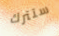
ستترك